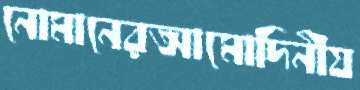
নোমানেরআমোদিনীয